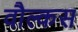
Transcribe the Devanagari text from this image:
वौल्कस